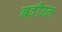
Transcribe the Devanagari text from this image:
बदीउल